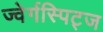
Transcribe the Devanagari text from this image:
ज्वेर्गस्पिट्ज